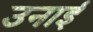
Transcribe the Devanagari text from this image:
उनाई